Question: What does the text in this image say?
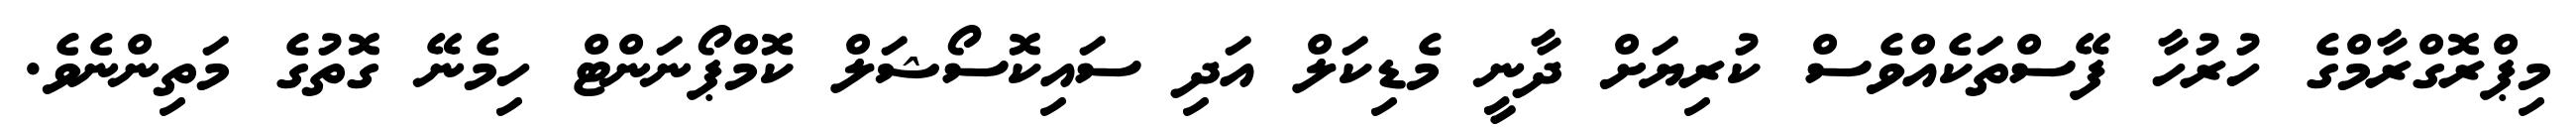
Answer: މިޕްރޮގްރާމްގެ ހުރުހާ ފޭސްތަކެއްވެސް ކުރިޔަށް ދާނީ މެޑިކަލް އަދި ސައިކޮސޯޝަލް ކޮމްޕޯނަންޓް ހިމެނޭ ގޮތުގެ މަތިންނެވެ.